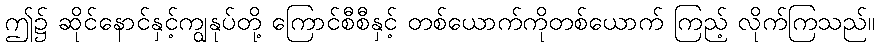
ဤ၌ ဆိုင်နောင်နှင့်ကျွနုပ်တို့ ကြောင်စီစီနှင့် တစ်ယောက်ကိုတစ်ယောက် ကြည့် လိုက်ကြသည်။